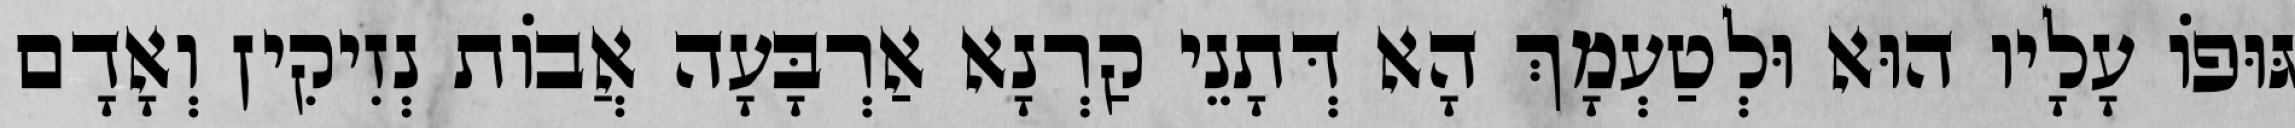
גּוּפוֹ עָלָיו הוּא וּלְטַעְמָךְ הָא דְּתָנֵי קַרְנָא אַרְבָּעָה אֲבוֹת נְזִיקִין וְאָדָם